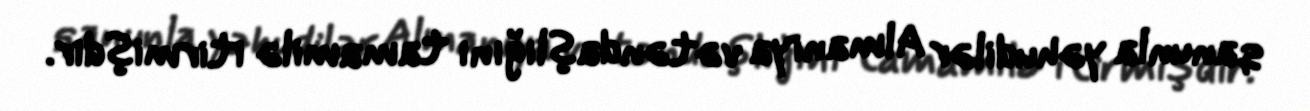
qanunla yəhudilər Almaniya vətəndaşlığını tamamilə itirmişdir.